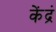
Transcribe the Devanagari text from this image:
केंद्रं